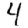
Digit: 4